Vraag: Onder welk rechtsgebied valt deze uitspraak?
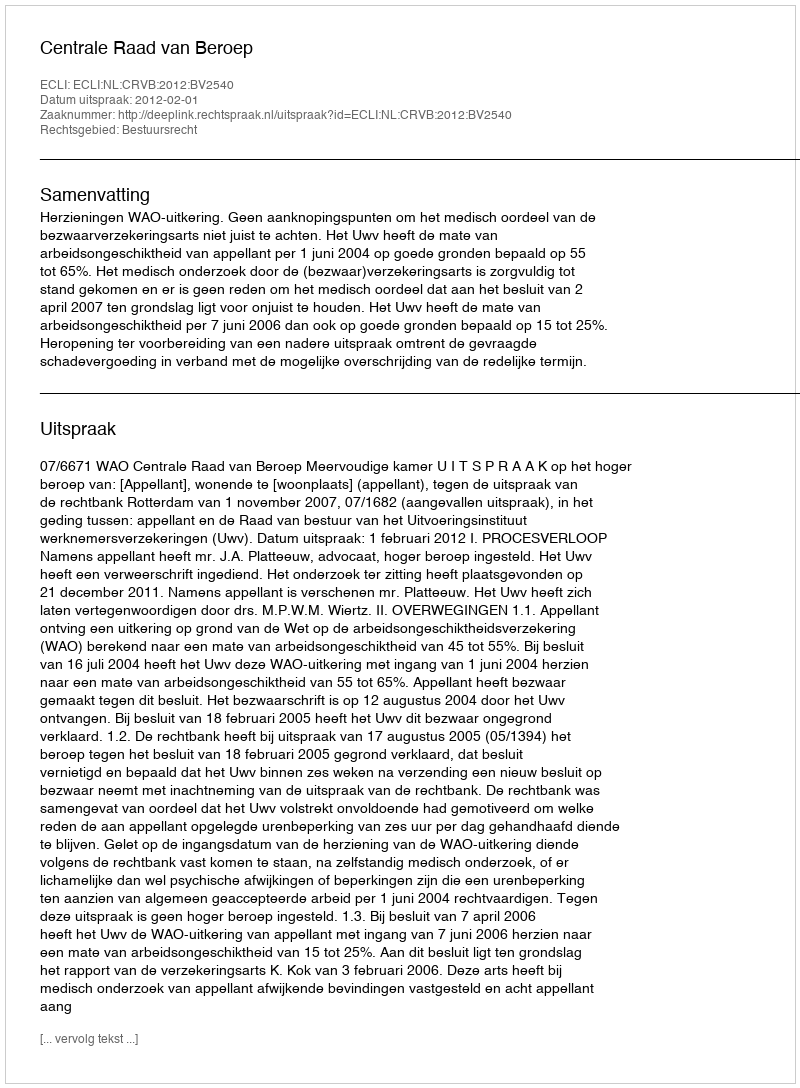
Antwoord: Bestuursrecht